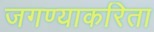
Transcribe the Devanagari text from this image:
जगण्याकरिता